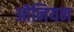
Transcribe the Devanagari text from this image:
ऑनियन